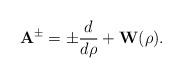
LaTeX: \begin{align*}{\bf A}^{\pm}=\pm\frac{d}{d\rho}+{\bf W}(\rho).\end{align*}